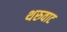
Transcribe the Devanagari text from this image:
थरुवाट